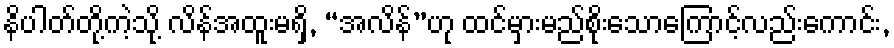
နိပါတ်တို့ကဲ့သို့ လိန်အထူးမရှိ, “အလိန်”ဟု ထင်မှားမည်စိုးသောကြောင့်လည်းကောင်း,